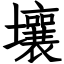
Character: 壤